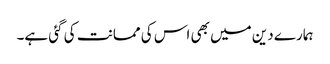
ہمارے دین میں بھی اس کی ممانت کی گئی ہے۔